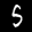
Label: 5